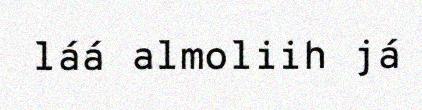
láá almoliih já